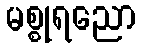
မစ္စုရညော